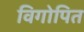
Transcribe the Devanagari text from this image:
विगोपित